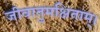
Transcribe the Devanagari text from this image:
जीवातुमक्षिताम्।